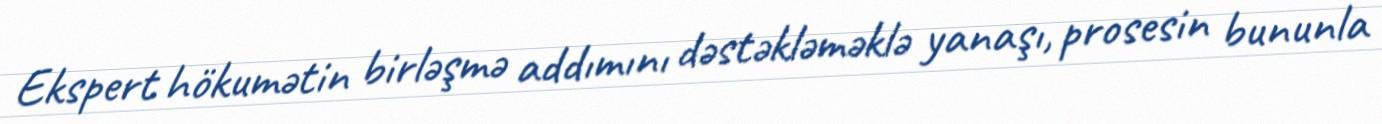
Ekspert hökumətin birləşmə addımını dəstəkləməklə yanaşı, prosesin bununla